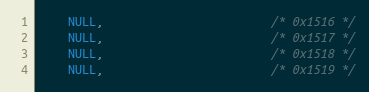
Language: C
	NULL,						/* 0x1516 */
	NULL,						/* 0x1517 */
	NULL,						/* 0x1518 */
	NULL,						/* 0x1519 */